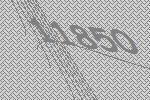
11850